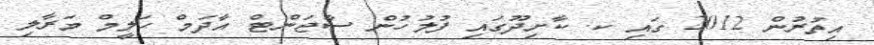
އިތުރުން 2012 ގައި ކ. ކާށިދޫގައި ފުލުހުން ސާޖަންޓް އާދަމް ހަލީމް މަރާލި